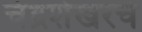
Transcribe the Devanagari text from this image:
चंद्रशेखरचे